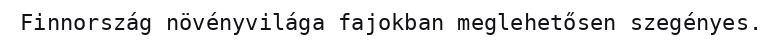
Finnország növényvilága fajokban meglehetősen szegényes.